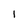
Character: l